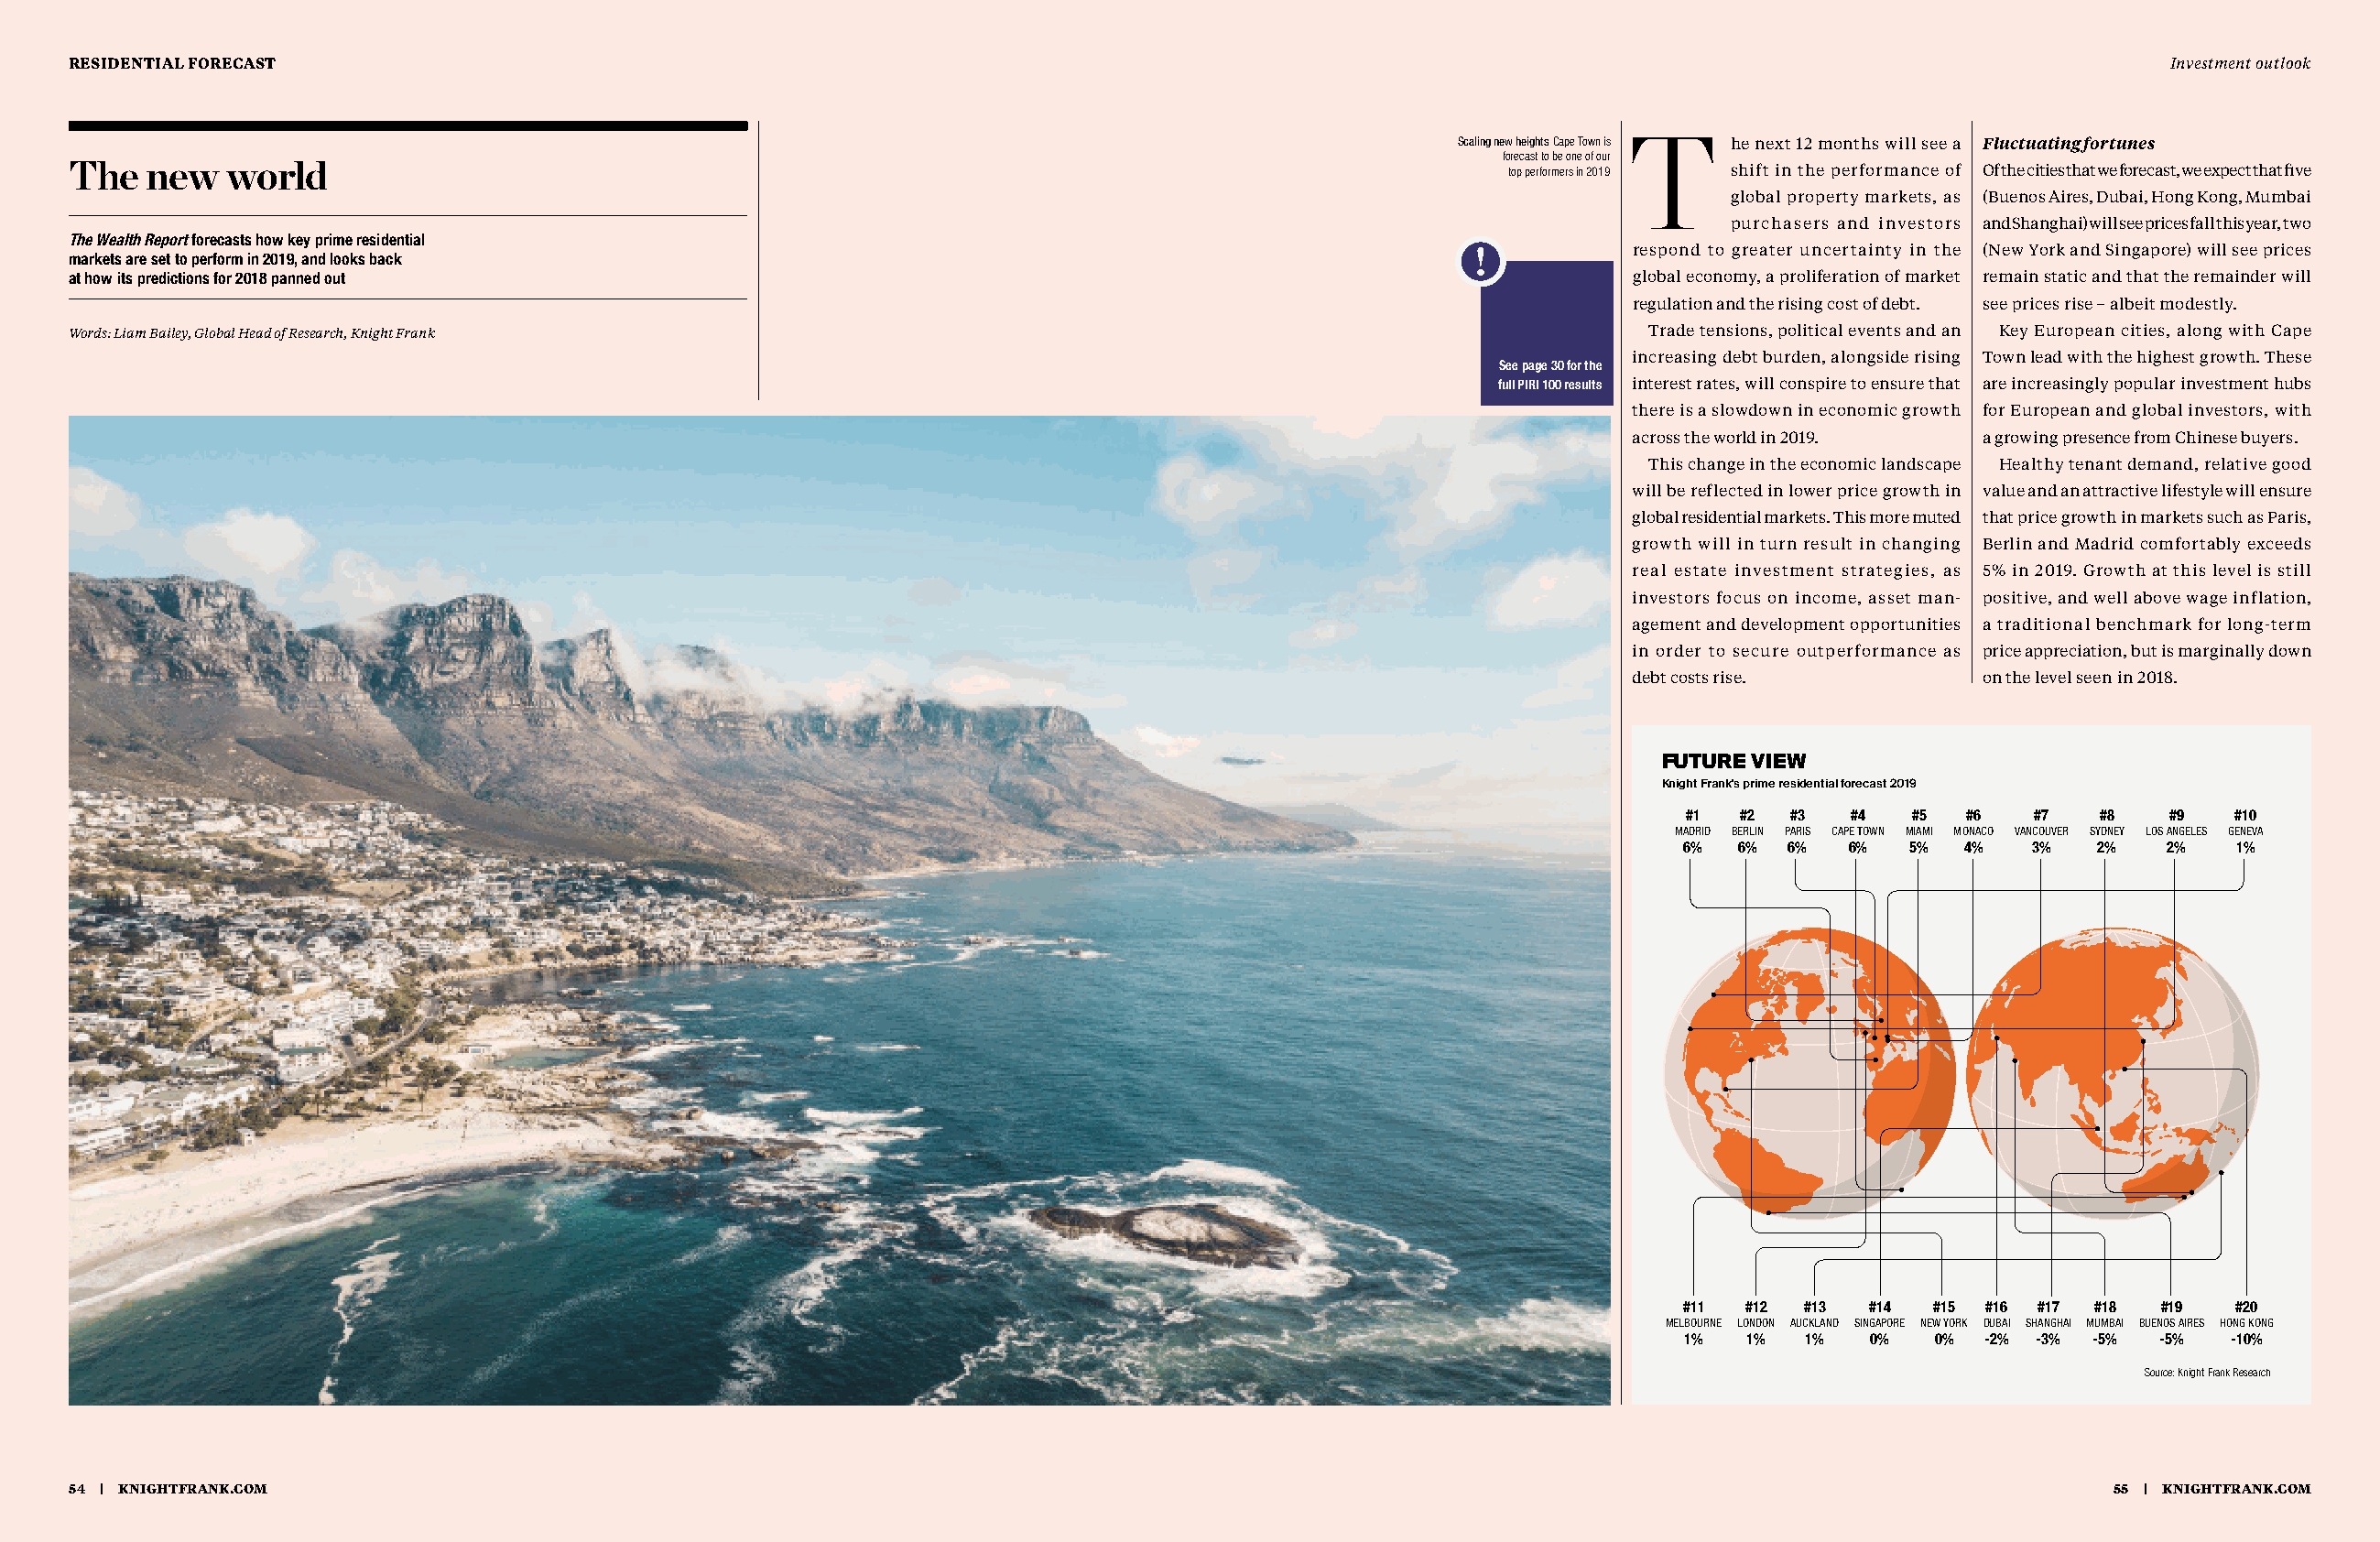
RESIDENTIAL FORECAST                                                                                                                                    Investment outlook
 Scaling new heights Cape Town is T he next 12 months will see a Fluctuating fortunes
 forecast to be one of our
 The   new  world                                                                                        top performers in 2019 shift in the performance of Of the cities that we forecast, we expect that five
 global property markets, as (Buenos Aires, Dubai, Hong Kong, Mumbai
 purchasers and investors and Shanghai) will see prices fall this year, two
 The Wealth Report forecasts how key prime residential
 respond to greater uncertainty in the (New York and Singapore) will see prices
 markets are set to perform in 2019, and looks back
 at how its predictions for 2018 panned out                                                                       global economy, a proliferation of market remain static and that the remainder will
 regulation and the rising cost of debt. see prices rise – albeit modestly.
 Words: Liam Bailey, Global Head of Research, Knight Frank                                                         Trade tensions, political events and an Key European cities, along with Cape
 increasing debt burden, alongside rising Town lead with the highest growth. These
 See page 30 for the
 full PIRI 100 results interest rates, will conspire to ensure that are increasingly popular investment hubs
 there is a slowdown in economic growth for European and global investors, with
 across the world in 2019. a growing presence from Chinese buyers.
 This change in the economic landscape Healthy tenant demand, relative good
 will be reflected in lower price growth in value and an attractive lifestyle will ensure
 global residential markets. This more muted that price growth in markets such as Paris,
 growth will in turn result in changing Berlin and Madrid comfortably exceeds
 real estate investment strategies, as 5% in 2019. Growth at this level is still
 investors focus on income, asset man- positive, and well above wage inflation,
 agement and development opportunities a traditional benchmark for long-term
 in order to secure outperformance as price appreciation, but is marginally down
 debt costs rise.         on the level seen in 2018.
 FUTURE VIEW
 Knight Frank's prime residential forecast 2019
 #1  #2 #3   #4  #5  #6   #7   #8   #9   #10
 MADRID BERLIN PARIS CAPE TOWN MIAMI MONACO VANCOUVER SYDNEY LOS ANGELES GENEVA
 6%  6% 6%   6%  5%  4%   3%   2%   2%   1%
 #11 #12 #13  #14  #15 #16 #17 #18 #19   #20
 MELBOURNE LONDON AUCKLAND SINGAPORE NEW YORK DUBAI SHANGHAI MUMBAI BUENOS AIRES HONG KONG
 1%  1%  1%   0%   0% -2% -3% -5%  -5%  -10%
 Source: Knight Frank Research
 54 | KNIGHTFRANK.COM                                                                                                                                55 | KNIGHTFRANK.COM